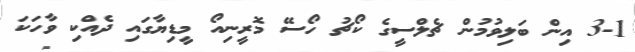
3-1 އިން ބަލިވުމުން ޗެލްސީގެ ކޯޗު ހޯސޭ މޮރީނިއޯ މީޑިޔާގައި ދެއްކި ވާހަކަ